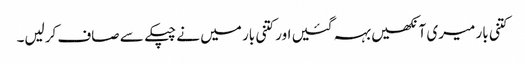
کتنی بار میری آنکھیں بہہ گئیں اور کتنی بار میں نے چپکے سے صاف کرلیں۔